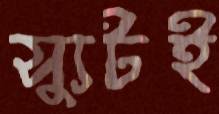
স্যুটই